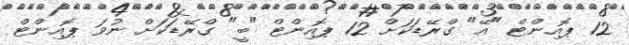
12 ޕޮއިންޓް "އޭ" ގްރޭޑަކަށް 12 ޕޮއިންޓް "ބީ" ގްރޭޑަކަށް ނުވަ ޕޮއިންޓް